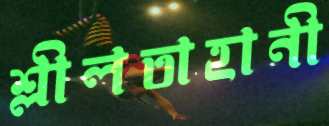
শ্লীলতাহানী